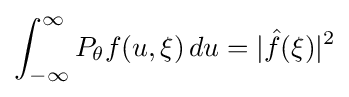
\int _{-\infty }^{\infty }P_{\theta }f(u,\xi )\,du=|{\hat {f}}(\xi )|^{2}